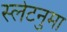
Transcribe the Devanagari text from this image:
स्लेटनुमा